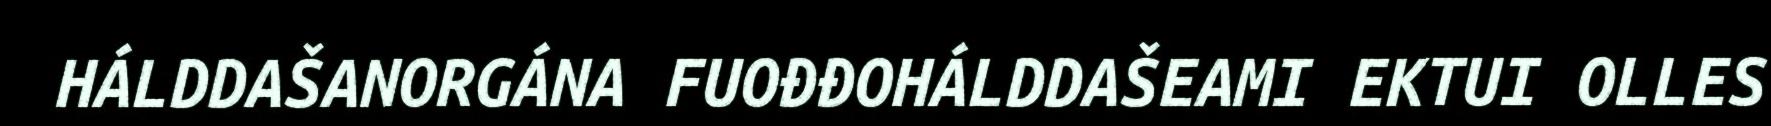
HÁLDDAŠANORGÁNA FUOĐĐOHÁLDDAŠEAMI EKTUI OLLES